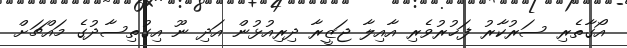
އޯގާތެރި ސަރުކާރު ފަޚުރުވެރި އާއިލާ ޖަޒީރާ ދިރިއުޅުން އަދި ނޫ އިގުތިސާދުގެ މައްޗަށް